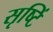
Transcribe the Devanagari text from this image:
सृष्टिं